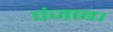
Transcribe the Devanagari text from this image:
पंजाब।